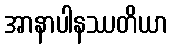
အာနာပါနဿတိယာ